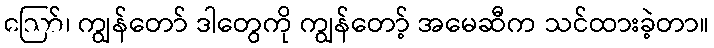
ဪ၊ ကျွန်တော် ဒါတွေကို ကျွန်တော့် အမေဆီက သင်ထားခဲ့တာ။